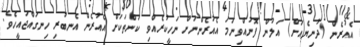
އެއުރެން (ދުނިޔެއަށް) އަލުން ފޮނުއްވިނަމަ އެއުރެންނަށް ނަހީކުރެއްވި ކަންތަކަށް އެއުރެން އެނބުރި ހިނގައްޖައީހެވެ.